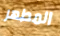
المطهر